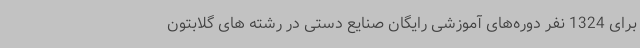
برای 1324 نفر دوره‌های آموزشی رایگان صنایع دستی در رشته های گلابتون